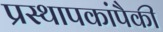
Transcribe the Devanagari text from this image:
प्रस्थापकांपैकी